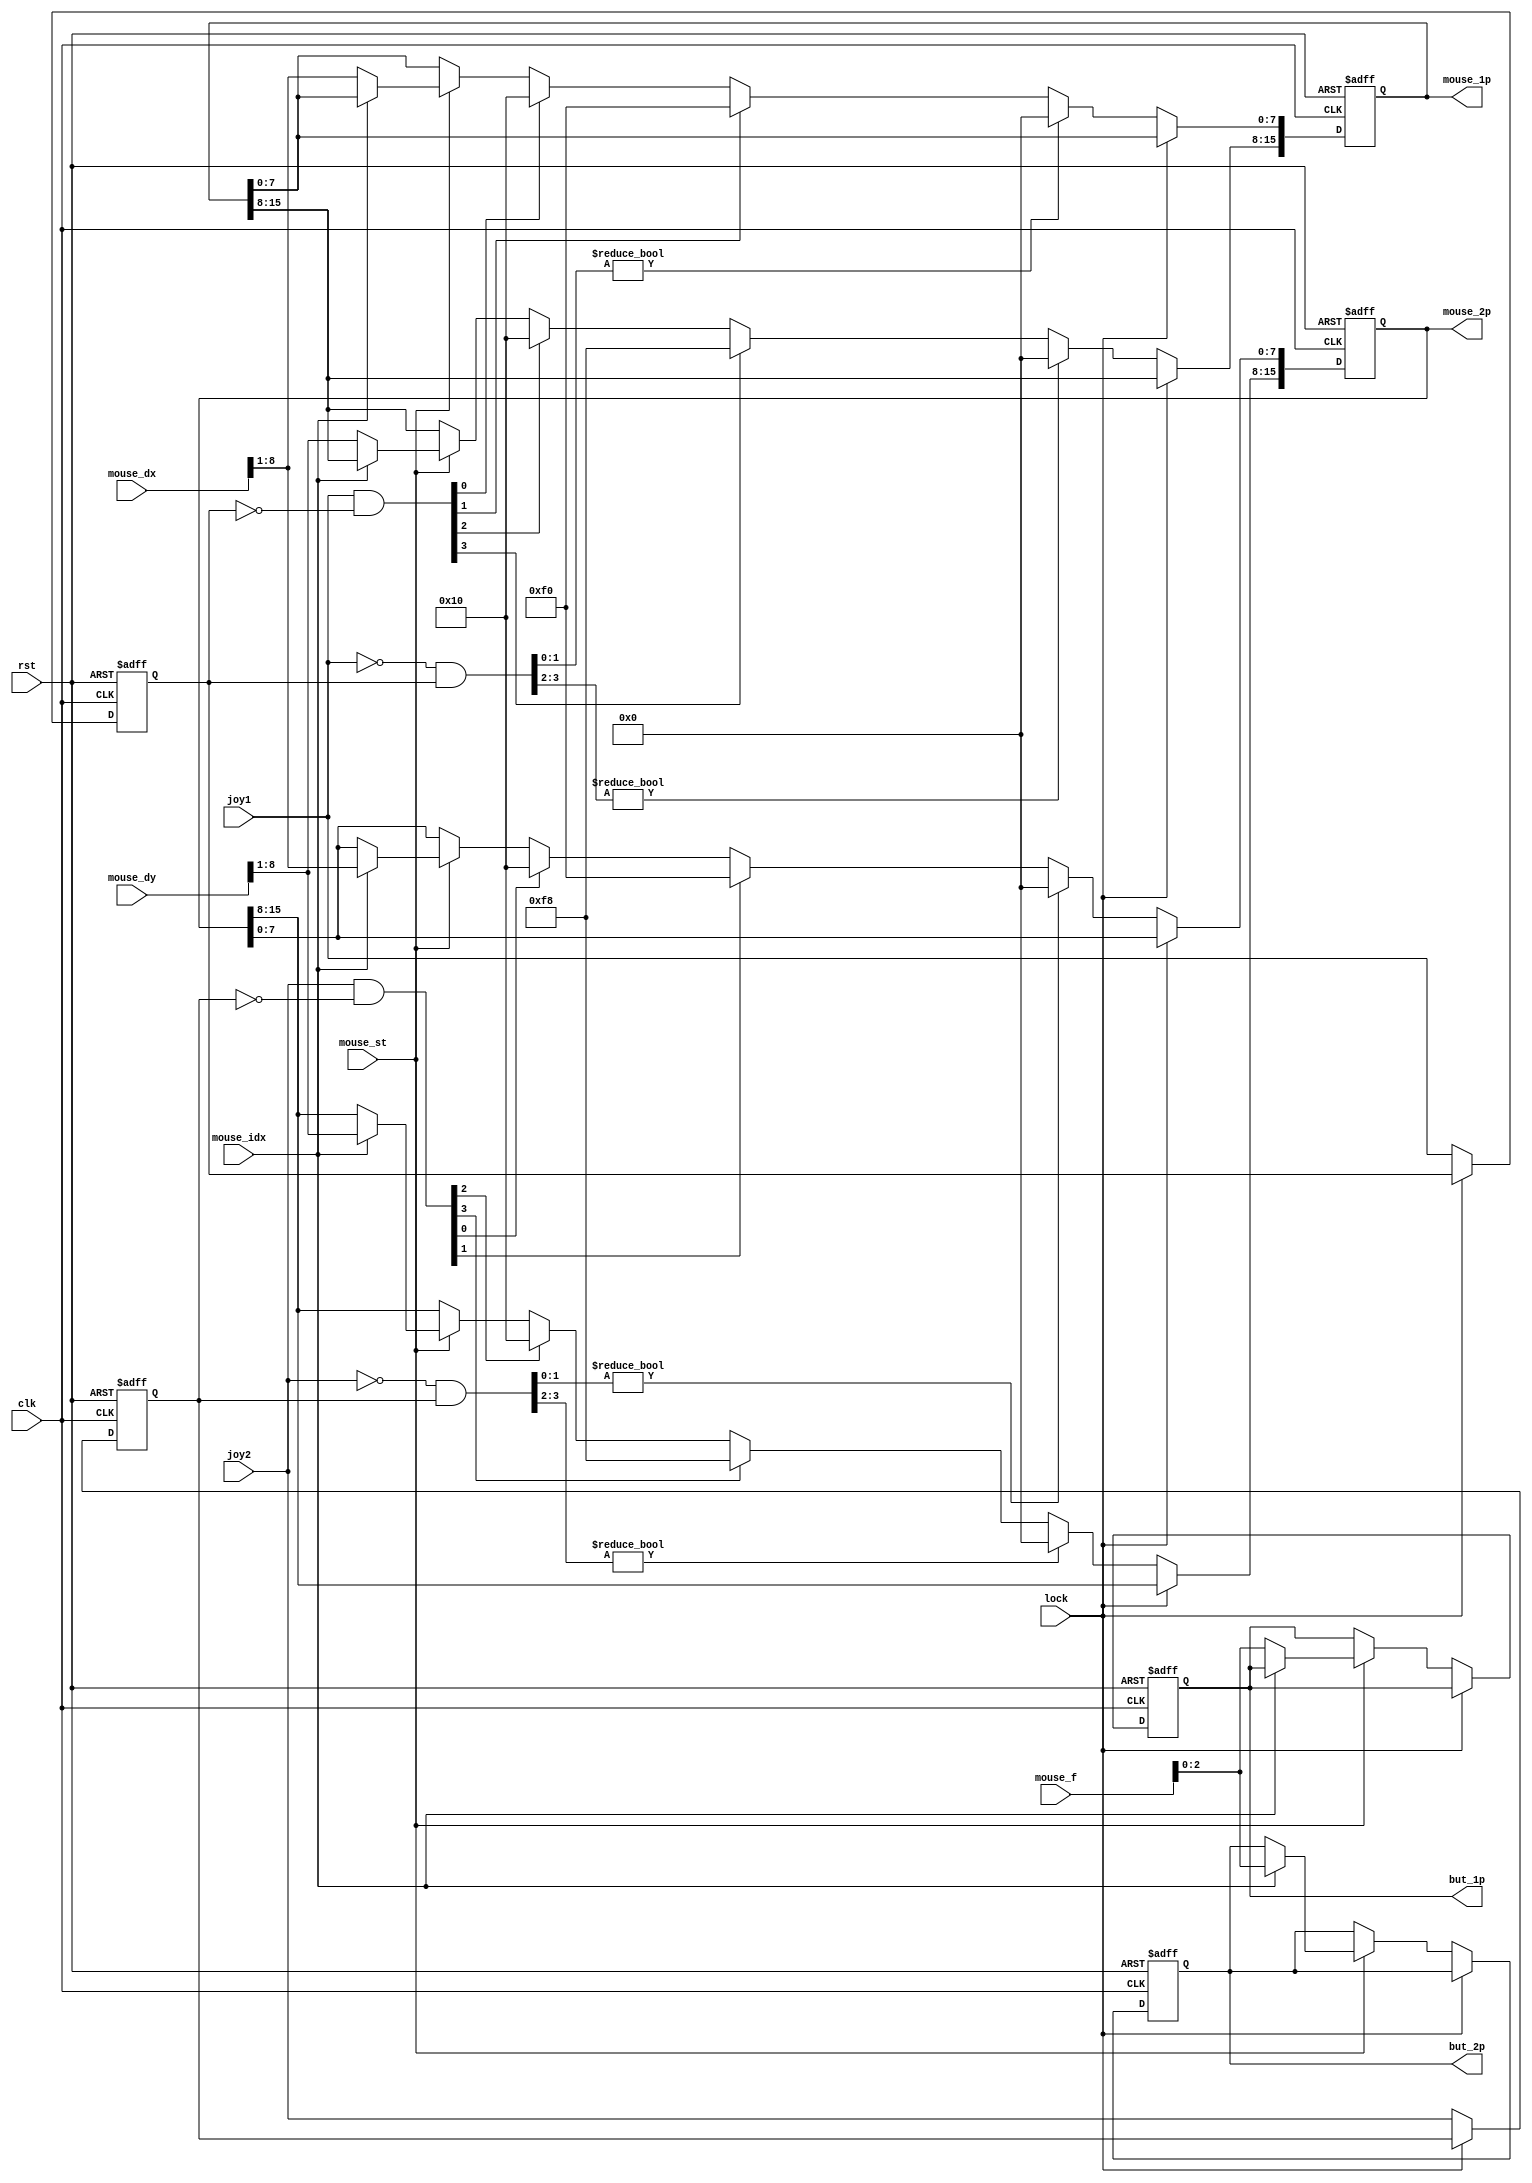
/*  This file is part of JTFRAME.
    JTFRAME program is free software: you can redistribute it and/or modify
    it under the terms of the GNU General Public License as published by
    the Free Software Foundation, either version 3 of the License, or
    (at your option) any later version.

    JTFRAME program is distributed in the hope that it will be useful,
    but WITHOUT ANY WARRANTY; without even the implied warranty of
    MERCHANTABILITY or FITNESS FOR A PARTICULAR PURPOSE.  See the
    GNU General Public License for more details.

    You should have received a copy of the GNU General Public License
    along with JTFRAME. If not, see <http://www.gnu.org/licenses/>.

    Author: Jose Tejada Gomez. Twitter: @topapate
    Version: 1.0
    Date: 22-6-2022 */

module jtframe_mouse(
    input              rst,
    input              clk,
    input              lock,

    input signed [8:0] mouse_dx,
    input signed [8:0] mouse_dy,
    input        [7:0] mouse_f,
    input              mouse_st,
    input              mouse_idx,
    output reg  [15:0] mouse_1p,
    output reg  [15:0] mouse_2p,

    // Mouse emulation
    input       [ 3:0] joy1,
    input       [ 3:0] joy2,

    output reg  [ 2:0] but_1p,
    output reg  [ 2:0] but_2p
);

reg  [3:0] joy1_l, joy2_l;
wire [3:0] joy1_on, joy1_off, joy2_on, joy2_off;

`ifndef JTFRAME_MOUSE_NOEMU
    localparam MOUSE_EMU=1;
`else
    localparam MOUSE_EMU=0;
`endif

`ifndef JTFRAME_MOUSE_EMUSENS
    localparam [8:0] MOUSE_EMU_SENS=9'h10;
`else
    localparam [8:0] MOUSE_EMU_SENS=`JTFRAME_MOUSE_EMUSENS;
`endif

function [7:0] cv( input [8:0] min ); // convert to the right format
    `ifdef JTFRAME_MOUSE_NO2COMPL
        // some games cannot handle 2's complement, so
        // a conversion to sign plus magnitude is provided here
        cv = { min[8], min[8] ? -min[7:1] : min[7:1] };
    `else
        cv = min[8:1];
    `endif
endfunction

assign joy1_on  =  joy1 & ~joy1_l;
assign joy1_off = ~joy1 &  joy1_l;
assign joy2_on  =  joy2 & ~joy2_l;
assign joy2_off = ~joy2 &  joy2_l;

always @(posedge clk, posedge rst) begin
    if( rst ) begin
        mouse_1p <= 0;
        mouse_2p <= 0;
        but_1p   <= 0;
        but_2p   <= 0;
        joy1_l   <= 0;
        joy2_l   <= 0;
    end else if(!lock) begin
        joy1_l <= joy1;
        joy2_l <= joy2;
        if( mouse_st ) begin
            if( !mouse_idx ) begin
                mouse_1p <= { cv(mouse_dy), cv(mouse_dx) };
                but_1p   <= mouse_f[2:0];
            end else begin
                mouse_2p <= { cv(mouse_dy), cv(mouse_dx) };
                but_2p   <= mouse_f[2:0];
            end
        end
        if( MOUSE_EMU ) begin
            if( joy1_on[0] ) mouse_1p[ 7:0] <= MOUSE_EMU_SENS[7:0];
            if( joy1_on[1] ) mouse_1p[ 7:0] <= cv(-MOUSE_EMU_SENS<<1);
            if( joy1_on[2] ) mouse_1p[15:8] <= MOUSE_EMU_SENS[7:0];
            if( joy1_on[3] ) mouse_1p[15:8] <= cv(-MOUSE_EMU_SENS);

            if( joy2_on[0] ) mouse_2p[ 7:0] <= MOUSE_EMU_SENS[7:0];
            if( joy2_on[1] ) mouse_2p[ 7:0] <= cv(-MOUSE_EMU_SENS<<1);
            if( joy2_on[2] ) mouse_2p[15:8] <= MOUSE_EMU_SENS[7:0];
            if( joy2_on[3] ) mouse_2p[15:8] <= cv(-MOUSE_EMU_SENS);

            // Stop the mouse when releasing the joystick
            if( joy1_off[1:0]!=0 ) mouse_1p[ 7:0] <= 0;
            if( joy1_off[3:2]!=0 ) mouse_1p[15:8] <= 0;
            if( joy2_off[1:0]!=0 ) mouse_2p[ 7:0] <= 0;
            if( joy2_off[3:2]!=0 ) mouse_2p[15:8] <= 0;
        end
    end
end

endmodule